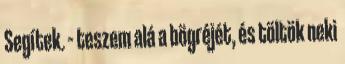
Segítek. – teszem alá a bögréjét, és töltök neki